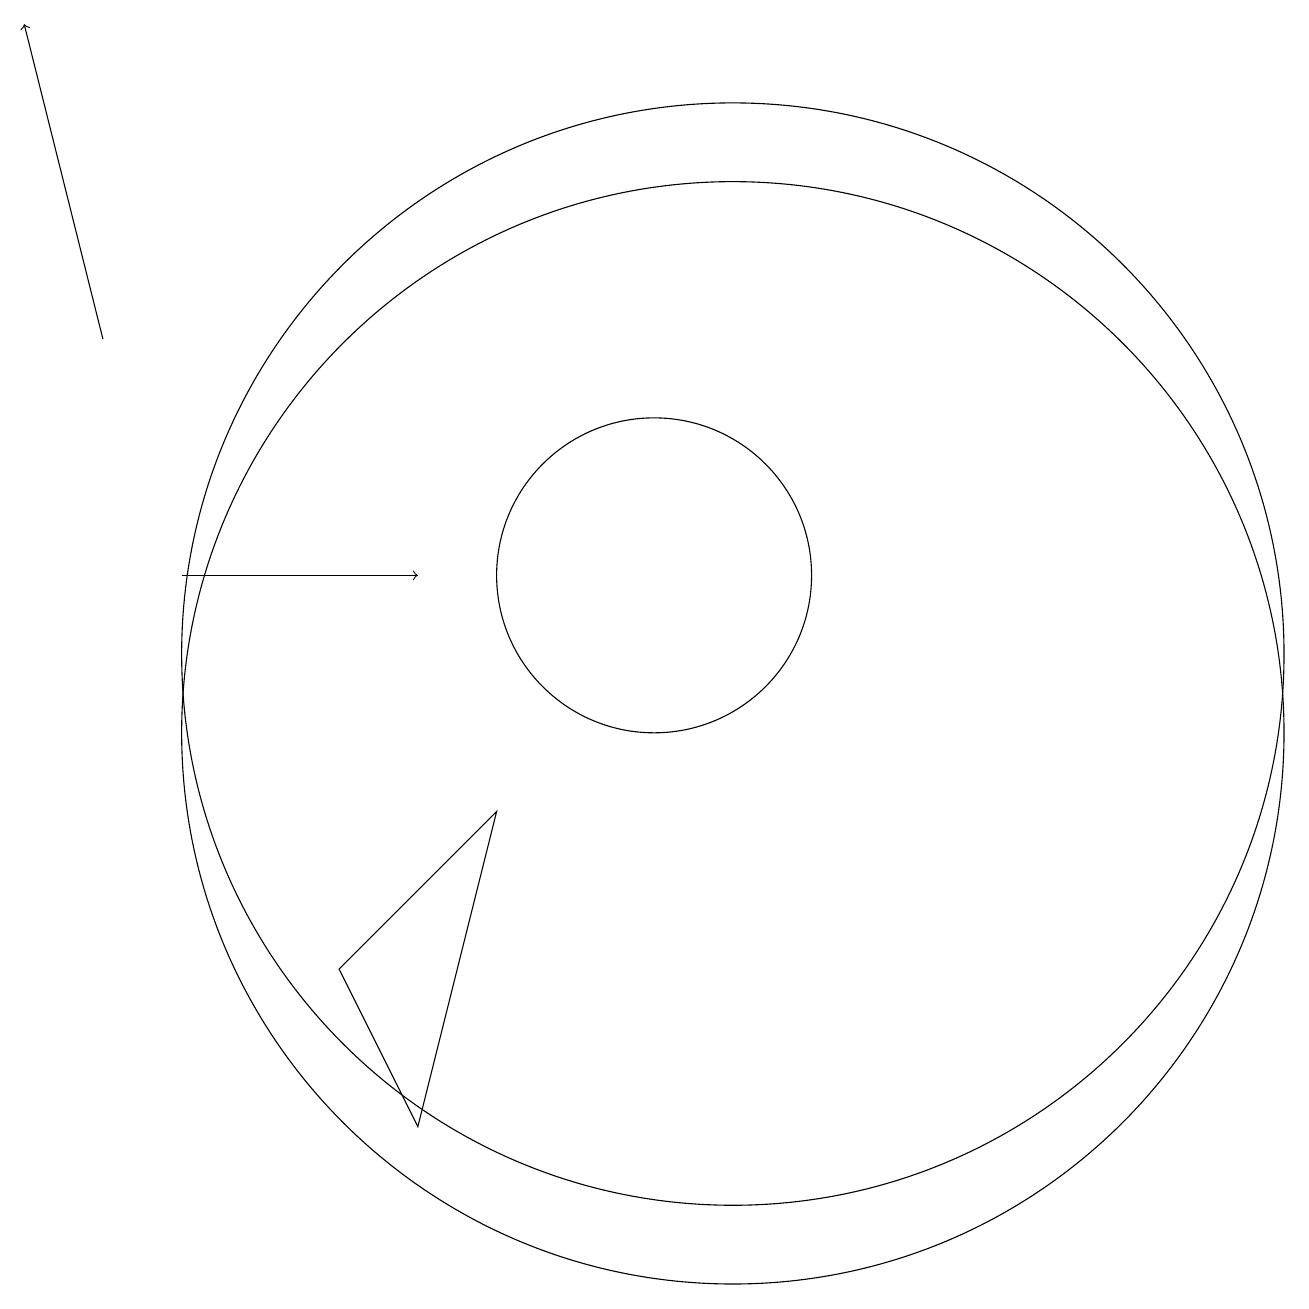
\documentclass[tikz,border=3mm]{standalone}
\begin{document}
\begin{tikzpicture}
\draw (8,9) -- (6,7) -- (7,5) -- cycle;
\draw[->] (4,12) -- (7,12);
\draw (11,10) circle (7);
\draw[->] (3,15) -- (2,19);
\draw (11,11) circle (7);
\draw (10,12) circle (2);
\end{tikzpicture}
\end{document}